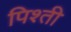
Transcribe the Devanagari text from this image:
पिश्ती